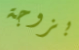
بزوجة